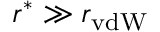
r ^ { * } \gg r _ { \mathrm { v d W } }